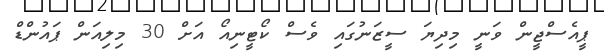
ޕީއެސްޖީން ވަނީ މިދިޔަ ސީޒަނުގައި ވެސް ކޯޓީނިއޯ އަށް 30 މިލިއަން ޕައުންޑް